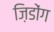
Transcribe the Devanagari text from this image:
ज़िडोंग